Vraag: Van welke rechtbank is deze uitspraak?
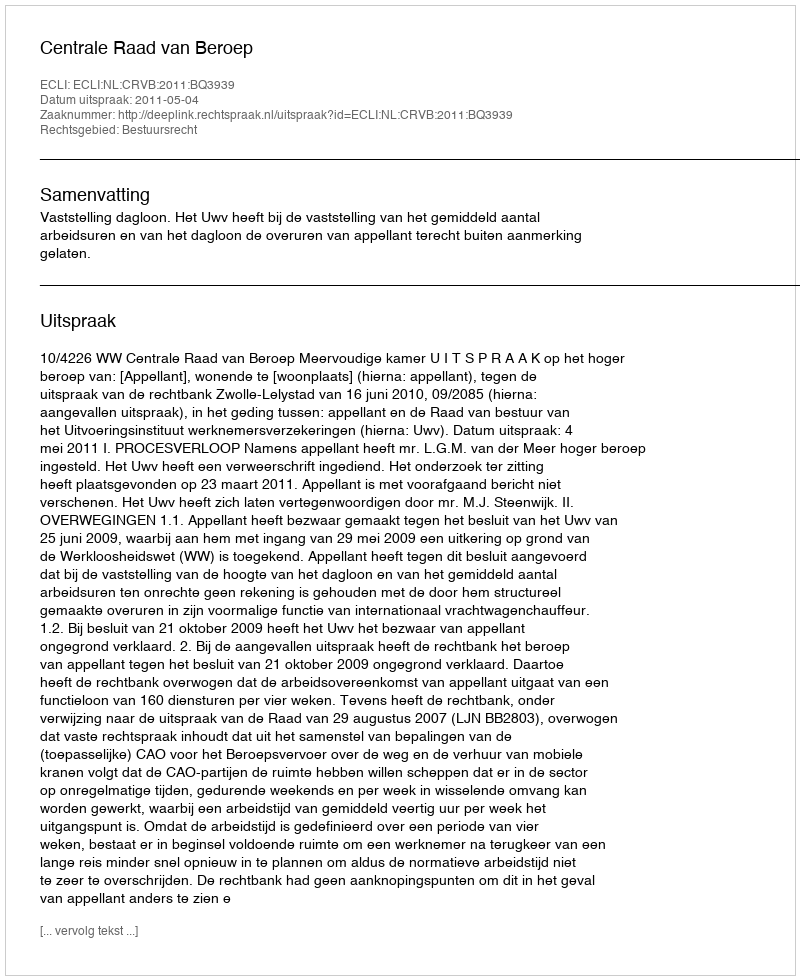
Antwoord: Centrale Raad van Beroep